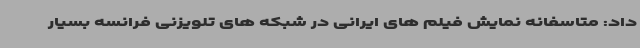
داد: متاسفانه نمایش فیلم های ایرانی در شبکه های تلویزنی فرانسه بسیار